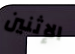
الإثنين